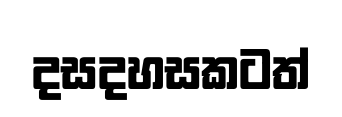
දසදහසකටත්